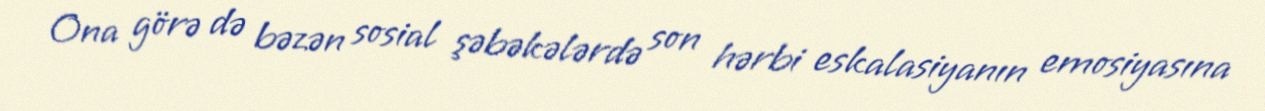
Ona görə də bəzən sosial şəbəkələrdə son hərbi eskalasiyanın emosiyasına